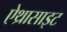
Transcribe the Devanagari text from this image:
ऐथ्रासाइट